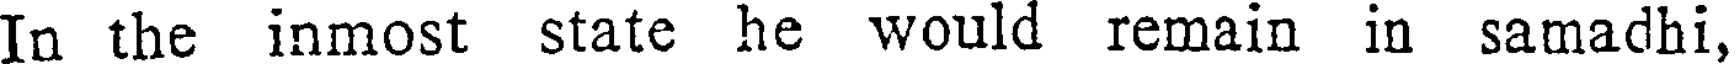
In the inmost state he would remain in samadhi,